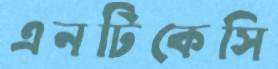
এনটিকেসি